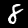
Digit: 8